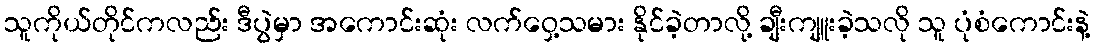
သူကိုယ်တိုင်ကလည်း ဒီပွဲမှာ အကောင်းဆုံး လက်ဝှေ့သမား နိုင်ခဲ့တာလို့ ချီးကျူးခဲ့သလို သူ ပုံစံကောင်းနဲ့